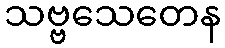
သဗ္ဗသေတေန